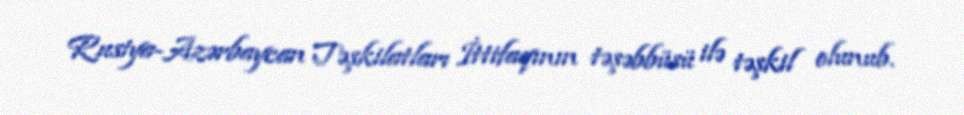
Rusiya-Azərbaycan Təşkilatları İttifaqının təşəbbüsü ilə təşkil olunub.